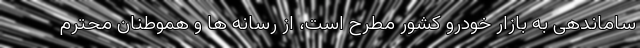
ساماندهی به بازار خودرو کشور مطرح است، از رسانه ها و هموطنان محترم